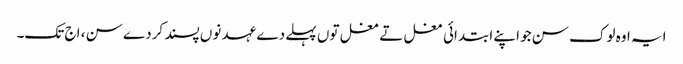
ایہ اوہ لوک سن جو اپنے ابتدائی مغل تے مغل تو‏ں پہلے دے عہد نو‏‏ں پسند کردے سن ، اج تک۔